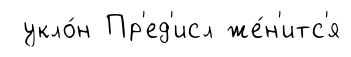
укло́н Пр'ед'исл же́н'итс'я